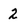
Character: 2